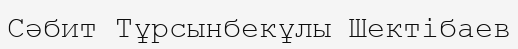
Сәбит Тұрсынбекұлы Шектібаев